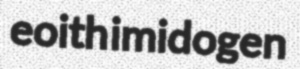
eoith imidogen